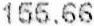
155.66